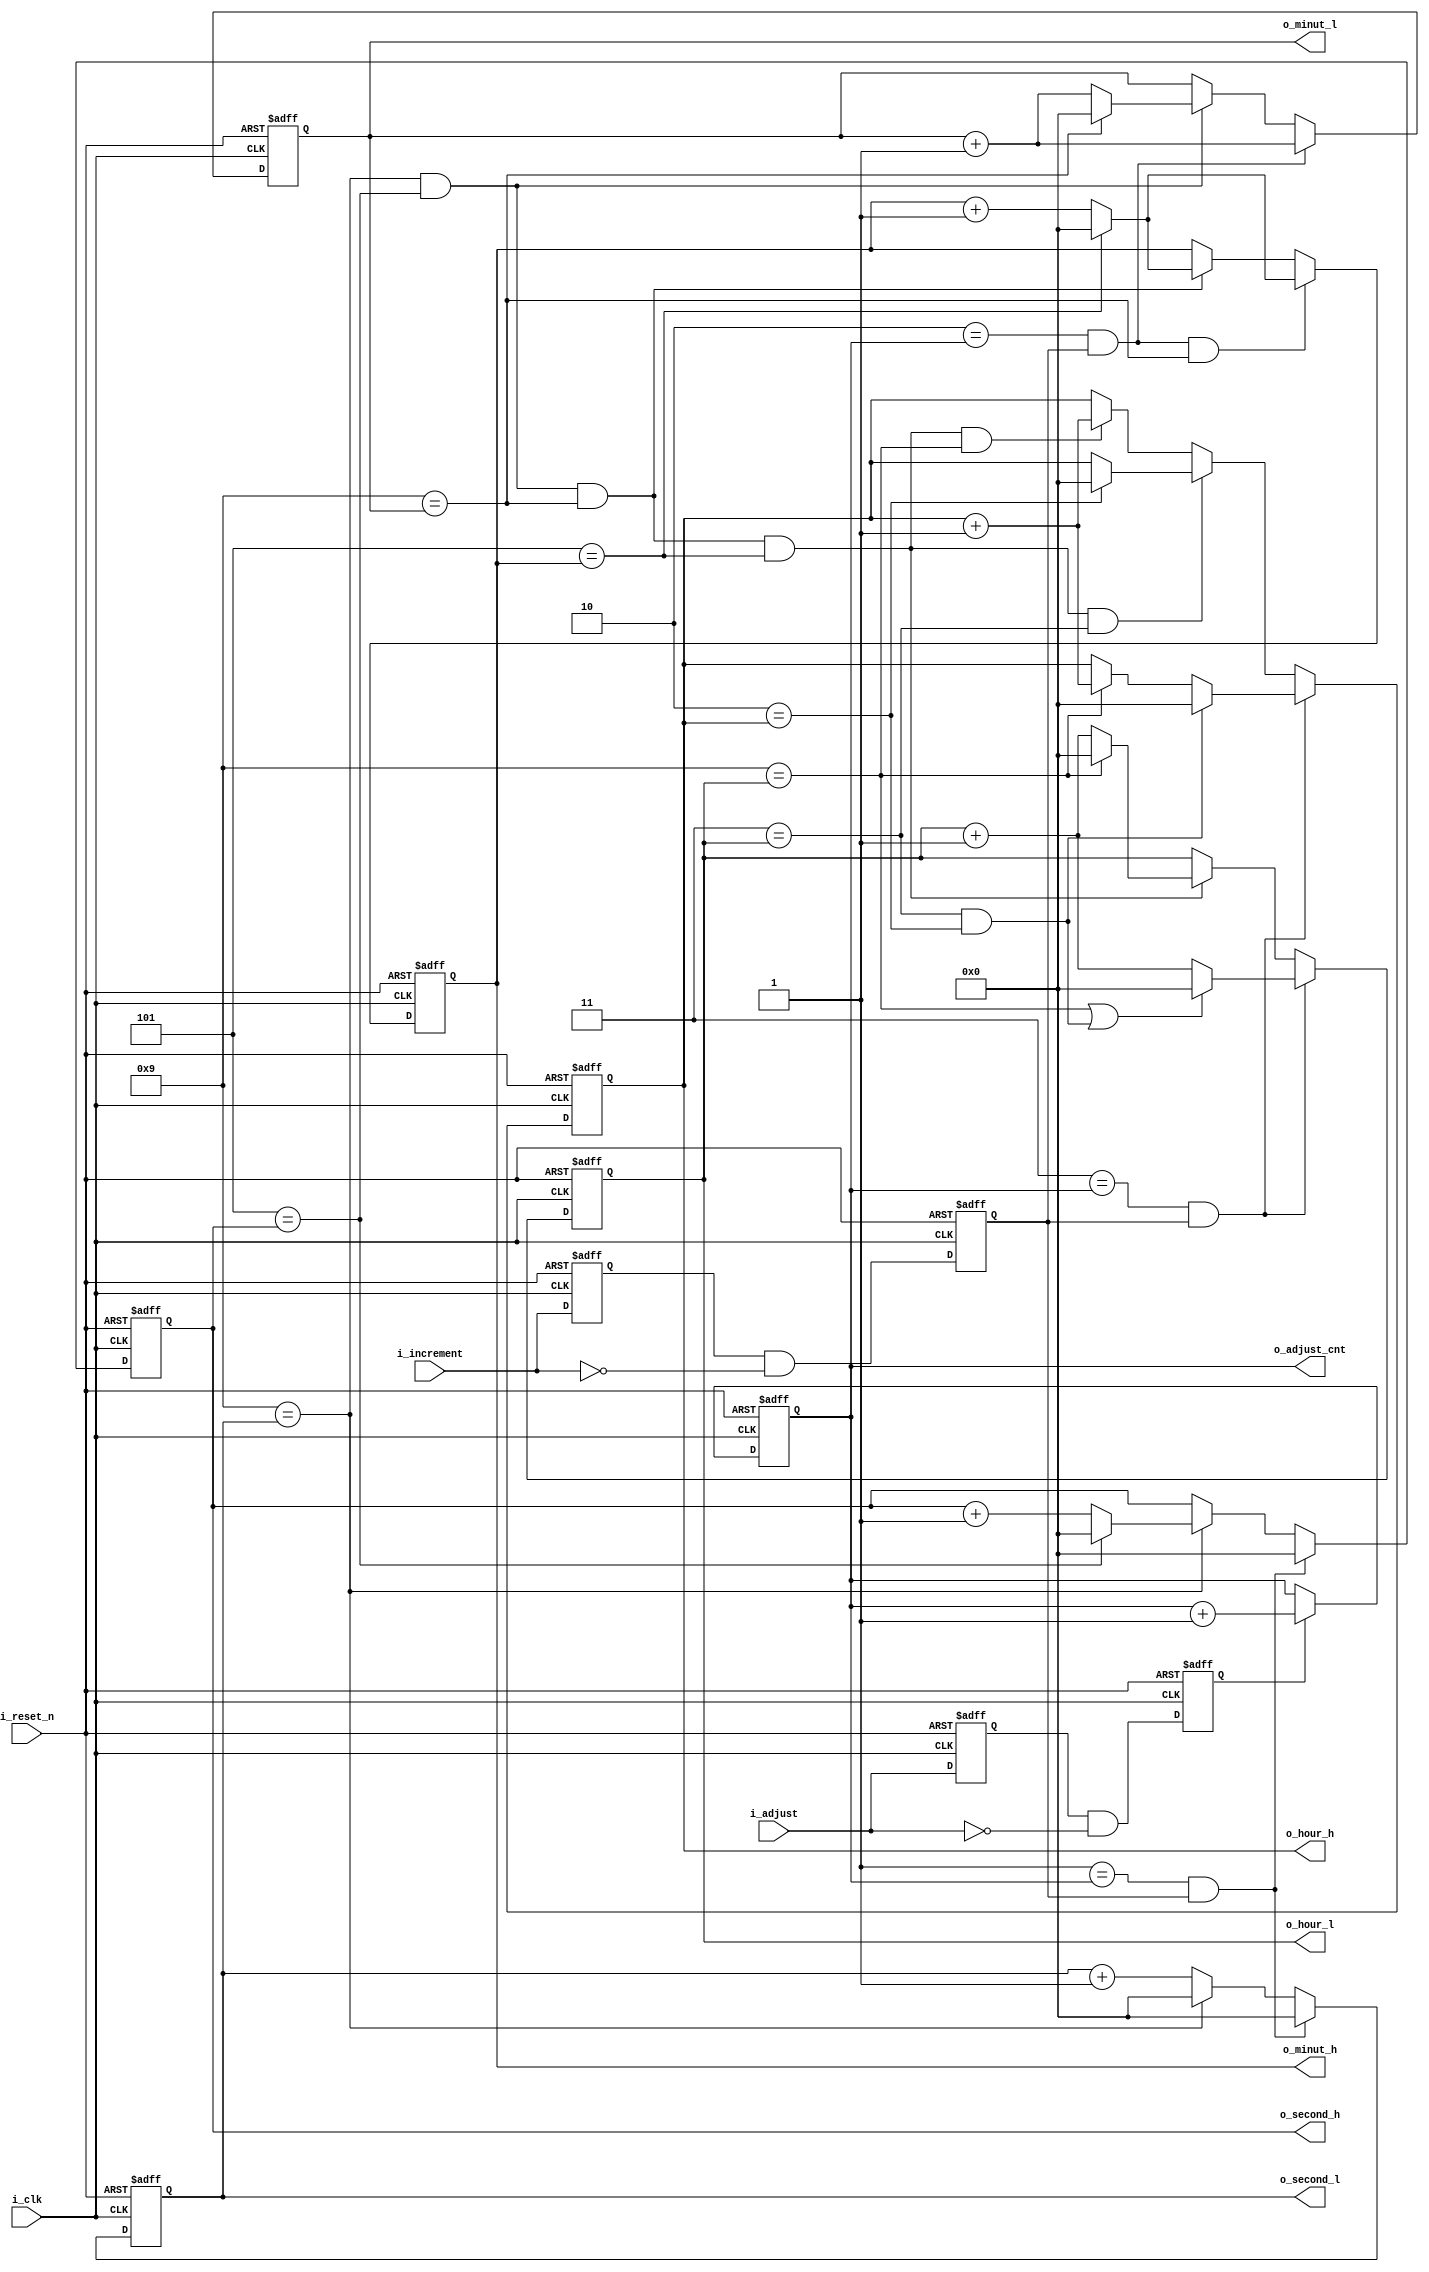
//*******************************FILE HEAD**************************************
//*********************Verilog HDL *********************
// FUNCTION        : 099
//                   
// AUTHOR          : 
// DATE & REVISION : 
// COMPANY         : Verilog HDL 
// UPDATE          :
//******************************************************************************
`timescale 1ns/1ns

module timer
    (
        input i_reset_n, //
        input i_clk, //
        
        input i_adjust,//
        input i_increment, //1
        
        output [3 : 0] o_hour_h,
        output [3 : 0] o_hour_l,
        output [3 : 0] o_minut_h,
        output [3 : 0] o_minut_l,
        output [3 : 0] o_second_h,
        output [3 : 0] o_second_l,
        output [1 : 0] o_adjust_cnt
    );
    
    //o_data
    reg [3 : 0] r_hour_h;
    reg [3 : 0] r_hour_l;
    reg [3 : 0] r_minut_h;
    reg [3 : 0] r_minut_l;
    reg [3 : 0] r_second_h;
    reg [3 : 0] r_second_l;
    
    reg r_adjust;
    reg r_adjust_falling;
    reg r_increment;
    reg r_increment_falling;
    reg [1 : 0] r_adjust_cnt;
    
    
    assign o_hour_h = r_hour_h;
    assign o_hour_l = r_hour_l;
    assign o_minut_h = r_minut_h;
    assign o_minut_l = r_minut_l;
    assign o_second_h = r_second_h;
    assign o_second_l = r_second_l; 
    assign o_adjust_cnt = r_adjust_cnt;  
    
    
    always @(posedge i_clk, negedge i_reset_n) 
    begin
        if(1'b0 == i_reset_n)
        begin
            r_increment <= 1'b0;
            r_increment_falling <= 1'b0;
        end
        else
        begin
            r_increment <= i_increment;
            r_increment_falling <= r_increment & (~i_increment);
        end
	end
	
	always @(posedge i_clk, negedge i_reset_n) 
    begin
        if(1'b0 == i_reset_n)
            r_adjust_cnt <= 2'd0;
        else
            if(1'b1 == r_adjust_falling) 
                r_adjust_cnt <= r_adjust_cnt + 1'b1;
	end
	
	always @(posedge i_clk, negedge i_reset_n) 
    begin
        if(1'b0 == i_reset_n)
        begin
            r_adjust <= 1'b0;
            r_adjust_falling <= 1'b0;
        end
        else
        begin
            r_adjust <= i_adjust;
            r_adjust_falling <= r_adjust & (~i_adjust);
        end
	end
	
    //
    always @(posedge i_clk, negedge i_reset_n) 
    begin
        if(1'b0 == i_reset_n)
            r_second_l <= 4'd0;
        else
            if((2'b01 == r_adjust_cnt) && (1'b1 == r_increment_falling))
                r_second_l <= 4'd0;
            else if(4'd9 == r_second_l)
                    r_second_l <= 4'd0;
                else
                    r_second_l <= r_second_l + 4'd1;
	end
	
	always @(posedge i_clk, negedge i_reset_n) 
    begin
        if(1'b0 == i_reset_n)
            r_second_h <= 4'd0;
        else
            if((2'b01 == r_adjust_cnt) && (1'b1 == r_increment_falling))
                r_second_h <= 4'd0;
            else if(4'd9 == r_second_l)
    				if(4'd5 == r_second_h)
    					r_second_h <= 4'd0;
    				else
    					r_second_h <= r_second_h + 4'd1;
	end
	
	always @(posedge i_clk, negedge i_reset_n) 
    begin
        if(1'b0 == i_reset_n)
            r_minut_l <= 4'd0;
        else
            
            if((2'b10 == r_adjust_cnt) && (1'b1 == r_increment_falling))
                r_minut_l <= r_minut_l + 4'd1;
            else if(4'd9 == r_second_l && 4'd5 == r_second_h)
                    if(4'd9 == r_minut_l)
                        r_minut_l <= 4'd0;
                    else
                        r_minut_l <= r_minut_l + 4'd1;
	end
	
	always @(posedge i_clk, negedge i_reset_n) 
    begin
        if(1'b0 == i_reset_n)
            r_minut_h <= 4'd0;
        else
            if((2'b10 == r_adjust_cnt) && (1'b1 == r_increment_falling) && (4'd9 == r_minut_l))
            begin
                if(4'd5 == r_minut_h)
                    r_minut_h <= 4'd0;
                else
                    r_minut_h <= r_minut_h + 4'd1;
            end
            else if(4'd9 == r_second_l && 4'd5 == r_second_h && 4'd9 == r_minut_l)
            begin
                if(4'd5 == r_minut_h)
                    r_minut_h <= 4'd0;
                else
                    r_minut_h <= r_minut_h + 4'd1;
            end
	end
	
	always @(posedge i_clk, negedge i_reset_n) 
    begin
        if(1'b0 == i_reset_n)
            r_hour_l <= 4'd0;
        else
            if((2'b11 == r_adjust_cnt) && (1'b1 == r_increment_falling))
            begin   
                    if(4'd9 == r_hour_l || (4'd3 == r_hour_l && 4'd2 == r_hour_h))
                        r_hour_l <= 4'd0;
                    else
                        r_hour_l <= r_hour_l + 4'd1;
            end
            else if(4'd9 == r_second_l && 4'd5 == r_second_h && 4'd9 == r_minut_l && 4'd5 == r_minut_h)
            begin   
                    if(4'd9 == r_hour_l)
                        r_hour_l <= 4'd0;
                    else
                        r_hour_l <= r_hour_l + 4'd1;
            end
	end
	
	
	always @(posedge i_clk, negedge i_reset_n) 
    begin
        if(1'b0 == i_reset_n)
            r_hour_h <= 4'd0;
        else
            if((2'b11 == r_adjust_cnt) && (1'b1 == r_increment_falling))
            begin
                if(4'd2 == r_hour_h && 4'd3 == r_hour_l)
                    r_hour_h <= 4'd0;
                else if(4'd9 == r_hour_l)
                    r_hour_h <= r_hour_h + 4'd1;
            end
            else if(4'd9 == r_second_l && 4'd5 == r_second_h && 4'd9 == r_minut_l && 4'd5 == r_minut_h && 4'd3 == r_hour_l)
            begin
                if(4'd2 == r_hour_h )
                    r_hour_h <= 4'd0;
            end
            else 
            begin
                if(4'd9 == r_second_l && 4'd5 == r_second_h && 4'd9 == r_minut_l && 4'd5 == r_minut_h && 4'd9 == r_hour_l)
                    r_hour_h <= r_hour_h + 4'd1;
            end
	end

    
endmodule
// END OF timer.v FILE ***************************************************